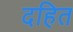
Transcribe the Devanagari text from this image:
दहित